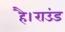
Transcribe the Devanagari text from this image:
है।राउंड